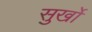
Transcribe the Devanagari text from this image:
सुर्खो